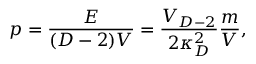
p = { \frac { E } { ( D - 2 ) V } } = { \frac { V _ { D - 2 } } { 2 \kappa _ { D } ^ { 2 } } } { \frac { m } { V } } ,